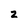
Character: 2